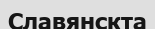
Славянскта